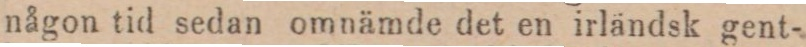
någon tid sedan omnämde det en irländsk gent-